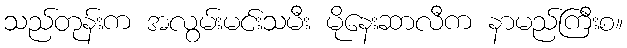
သည်တုန်းက အလွမ်းမင်းသမီး မိုနေးဆာလီက နာမည်ကြီးစ။